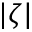
| \zeta |